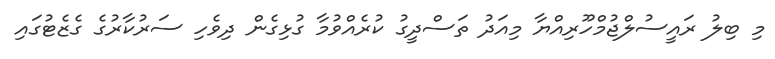
މި ބިލު ރައީސުލްޖުމްހޫރިއްޔާ މިއަދު ތަސްދީގު ކުރެއްވުމާ ގުޅިގެން ދިވެހި ސަރުކާރުގެ ގެޒެޓުގައި